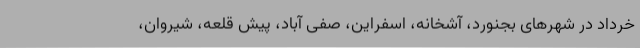
خرداد در شهرهای بجنورد، آشخانه، اسفراین، صفی آباد، پیش قلعه، شیروان،